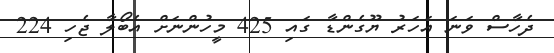
ދެހާސް ވަނަ އަހަރު ޔޫގެންޑާ ގައި 425 މީހުންނަށް އެބޯލާ ޖެހި 224